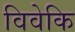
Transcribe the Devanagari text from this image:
विवेकि